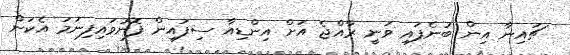
ޗައިނާ އިން ބުނެފައި ވަނީ ރާއްޖެ އަށް އިންޑިއާ ސިފައިން ފޮނުވައިފިނަމަ އެކަން